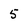
Character: 5